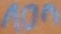
Text: 10n